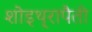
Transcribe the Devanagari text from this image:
शोइथ़्रापैती